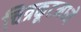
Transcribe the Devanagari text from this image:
चित्रकूटमध्ये